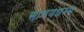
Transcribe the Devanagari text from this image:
सावयधम्म